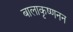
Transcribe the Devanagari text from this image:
बालाकृष्णनन